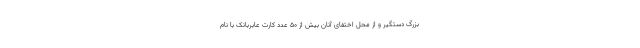
بزرگ دستگیر و از محل اختفای آنان بیش از ۵۰ عدد کارت عابربانک با نام